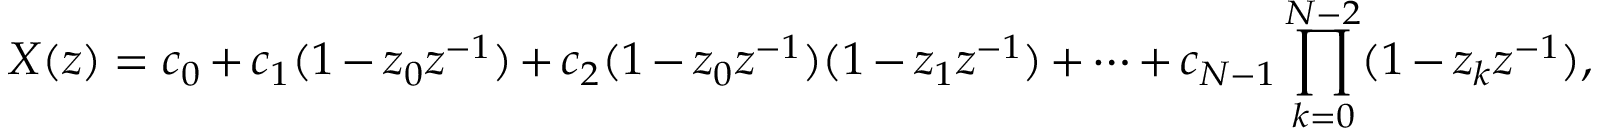
X ( z ) = c _ { 0 } + c _ { 1 } ( 1 - z _ { 0 } z ^ { - 1 } ) + c _ { 2 } ( 1 - z _ { 0 } z ^ { - 1 } ) ( 1 - z _ { 1 } z ^ { - 1 } ) + \cdots + c _ { N - 1 } \prod _ { k = 0 } ^ { N - 2 } ( 1 - z _ { k } z ^ { - 1 } ) ,